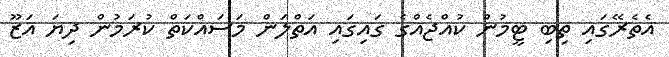
އެތެރޭގައި ތިބި ޓީމުން ކުއްޖެއްގެ ގައިގައި އަތްލަން މަސައްކަތް ކުރަމުން ދިޔަ އަޒޫ